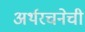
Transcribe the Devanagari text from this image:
अर्थरचनेची